Report of the Municipal Commissioner on the plague in Bombay for the year ending 31st May... - Volume 2
Disease focus: Plague
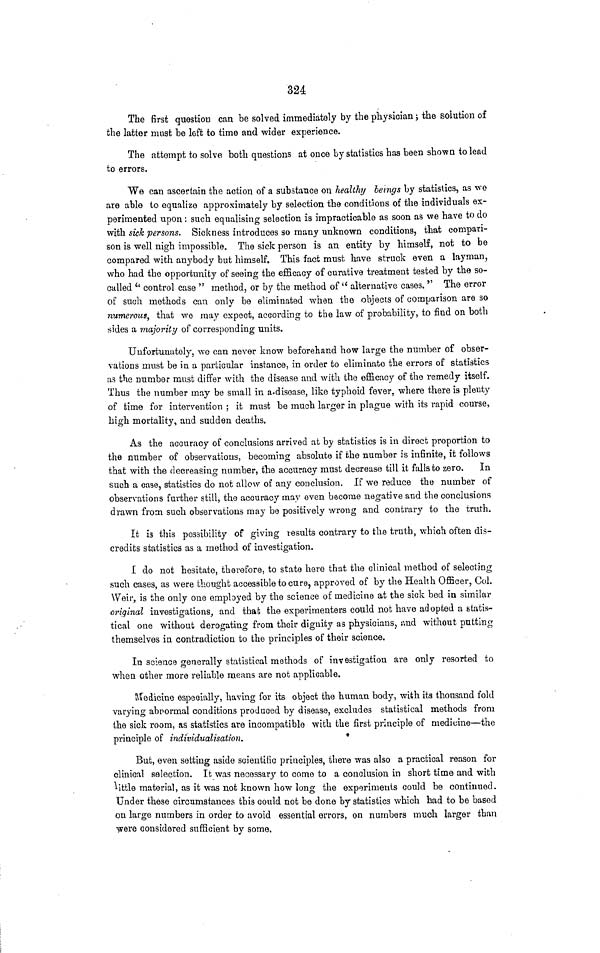
324
The first questiou can be solved immediately by the physician ; the solution of
the latter must be left to time and wider experience.
The attempt to solve both questions at once by statistics has been shown to lead
to errors.
We can ascertain the action of a substance on healthy beings by statistics, as we
are able to equalize approximately by selection the conditions of the individuals ex-
perimented upon : such equalising selection is impracticable as soon as we have to do
with sick persons. Sickness introduces so many unknown conditions, that compari-
son is well nigh impossible. The sick person is an entity by himself, not to be
compared with anybody but himself. This fact must have struck even a layman,
who had the opportunity of seeing the efficacy of curative treatment tested by the so-
called "control case " method, or by the method of "alternative cases." The error
of such methods can only be eliminated when the objects of comparison are so
numerous, that we may expect, according to the law of probability, to find on both
sides a majority of corresponding units.
Unfortunately, we can never know beforehand how large the number of obser-
vations must be in a particular instance, in order to eliminate the errors of statistics
as the number must differ with the disease and with the efficacy of the remedy itself.
Thus the number may be small in a disease, like typhoid fever, where there is plenty
of time for intervention ; it must be much larger in plague with its rapid course,
high mortality, and sudden deaths.
As the accuracy of conclusions arrived at by statistics is in direct proportion to
the number of observations, becoming absolute if the number is infinite, it follows
that with the decreasing number, the accuracy must decrease till it falls to zero.
In
such a case, statistics do not allow of any conclusion. If we reduce the number of
observations further still, the accuracy may even become negative and the conclusions
drawn from such observations may be positively wrong and contrary to the truth.
It is this possibility of giving results contrary to the truth, which often dis-
credits statistics as a method of investigation.
I do not hesitate, therefore, to state here that the clinical method of selecting
such cases, as were thought accessible to cure, approved of by the Health Officer, Col.
Weir, is the only one employed by the science of medicine at the sick bed in similar
original investigations, and that the experimenters could not have adopted a statis-
tical one without derogating from their dignity as physicians, and without putting
themselves in contradiction to the principles of their science.
In science generally statistical methods of investigation are only resorted to
when other more reliable means are not applicable.
Medicine especially, having for its object the human body, with its thousand fold
varying abnormal conditions produced by disease, excludes statistical methods from
the sick room, as statistics are incompatible with the first principle of medicine—the
principle of individualisation.
*
But, even setting aside scientific principles, there was also a practical reason for
clinical selection. It was necessary to come to a conclusion in short time and with
little material, as it was not known how long the experiments could be continued.
Under these circumstances this could not be done by statistics which had to be based
on large numbers in order to avoid essential errors, on numbers much larger than
were considered sufficient by some.